Report on vaccination in Madras 1895-1903 - 1895-1903
Year: 1895
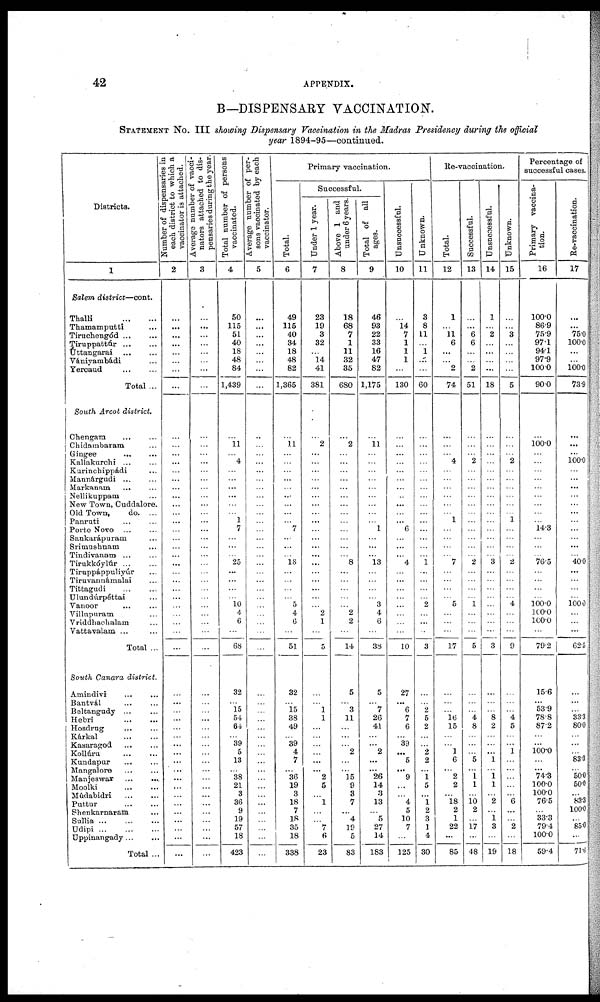
42
APPENDIX.
B—DISPENSARY VACCINATION.
STATEMENT No. III showing Dispensary Vaccination in the Madras Presidency during the official
year 1894-95—continued.
Districts.
1
Salem district—cont.
Thalli
...
...
Thamamputti ...
Tiruchengód ... ...
Tiruppattúr ... ...
Úttangarai ... ...
Vániyambádi ...
Yercaud
...
...
Total ...
South Arcot district.
Chengam
...
...
Chidambaram ...
Gingee
...
...
Kallakurchi ... ...
Kurinchippádi ...
Mannárgudi ... ...
Markanam ... ...
Nellikuppam ...
New Town, Cuddalore.
Old Town,
do. ...
Panruti ... ...
Porto Novo
...
...
Sankarápuram ...
Srimushnam ...
Tindivanam ... ...
Tirukkóylúr
...
...
Tiruppáppuliyúr
Tiruvannámalai ...
Tittagudi ... ...
Ulundúrpéttai ...
Vanoor ... ...
Villupuram ...
Vriddhachalam ...
Vattavalam ... ...
Total ...
South Canara district.
Amindivi
...
...
Bantvál ... ...
Beltangady ... ...
Hebri ... ...
Hosdrug ... ...
Kárkal
...
...
Kasaragod
...
...
Kollúru
...
...
Kundapur ... ...
Mangalore ... ...
Manjeswar
...
...
Moolki ... ...
Múdabidri
...
...
Puttur
...
...
Shenkarnaram ...
Sullia
...
...
...
Udipi
...
...
...
Uppinangady ... ...
Total ...
Number of dispensaries in
each district to which a
vaccinator is attached.
2
...
...
...
...
...
...
...
...
...
...
...
...
...
...
...
...
...
...
...
...
...
...
...
...
...
...
...
...
...
...
...
...
...
...
...
...
...
...
...
...
...
...
...
...
...
...
...
...
...
...
...
...
Average number of vacci-
nators attached to dis-
pensaries during the year
3
...
...
...
...
...
...
...
...
...
...
...
...
...
...
...
...
...
...
...
...
...
...
...
...
...
...
...
...
...
...
...
...
...
...
...
...
...
...
...
...
...
...
...
...
...
...
...
...
...
...
...
Total number of persons
vaccinated.
4
50
115
51
40
18
48
84
1,439
...
11
...
4
...
...
...
...
...
...
1
7
...
...
...
25
...
...
...
...
10 4
6
...
68
32
...
15
54
64
...
39
5
13
... 38
21
3
36
9
19
57
18
423
Average number of per-
sons vaccinated by each
vaccinator.
5
...
...
...
...
...
...
...
...
...
...
...
...
...
...
...
...
...
...
...
...
...
...
...
...
...
...
...
...
...
...
...
...
...
...
...
...
...
...
...
...
...
...
...
...
...
...
...
...
...
...
...
...
Primary vaccination.
Total.
6
49
115
40
34
18
48
82
1,365
...
11
...
...
...
...
...
...
...
...
...
7
...
...
...
18
...
...
...
...
5
4
6
...
51
32
...
15
38
49
...
39
4
7
... 36
19
3
18
7
18
35
18
338
Successful.
Under 1 year.
7
23
19
3
32
...
14
41
381
...
2
...
...
...
...
...
...
...
...
...
...
...
...
...
...
...
...
...
...
... 2
1
...
5
...
...
1
1
...
...
...
...
...
... 2
5
...
1
...
...
7
6
23
Above 1 and
under 6 years.
8
18
68
7
1
11
32
35
680
...
2
...
...
...
...
...
...
...
...
...
...
...
...
...
8
...
...
...
...
... 2
2
...
14
5
...
3
11
...
...
...
2
...
... 15
9
3
7
...
4
19
5
83
Total of all
ages.
9
46
93
22
33
16
47
82
1,175
...
11
...
...
...
...
...
...
...
...
...
1
...
...
...
13
...
...
...
...
3
4
6
...
38
5
...
7
26
41
...
...
2
...
...
26
14
3
13
...
5
27
14
183
Unsuccessful.
10
...
14
7
1
1
1
...
130
...
...
...
...
...
...
...
...
...
...
...
6
...
...
...
4
...
...
...
...
...
...
...
...
10
27
...
6
7
6
...
39
...
5
... 9
...
...
4
5
10
7
...
125
Unknown.
11
3
8
11
... ...
...
...
60
...
...
...
...
...
...
...
...
...
...
...
...
...
...
...
1
...
...
...
...
2
...
...
...
3
...
...
2
5
2
...
...
2
2
...
1
5
...
1
2
3
1
4
30
Re-vaccination.
Total.
12
1
...
11
6
...
...
2
74
...
...
...
4
...
...
...
...
...
...
1
...
...
...
...
7
...
...
...
...
5
...
...
...
17
...
...
...
16
15
...
...
1
6
... 2
2
...
18
2
1
22
...
85
Successful.
13
...
...
6
6
...
...
2
51
...
...
...
2
...
...
...
...
...
...
...
...
...
...
...
2
...
...
...
...
1
...
...
...
5
...
...
...
4
8
...
...
... 5
...
1
1
...
10 2
...
17
...
48
Unsuccessful.
14
1
...
2
...
...
...
...
18
...
...
...
...
...
...
...
...
...
...
...
...
...
...
...
3
...
...
...
...
...
...
...
...
3
...
...
...
8
2
...
...
...
1
...
1 1
...
2
...
1
3
...
19
Unknown.
15
...
...
3
...
...
...
...
5
...
...
...
2
...
...
...
...
...
...
1
...
...
...
...
2
...
...
...
...
4
...
...
...
9
...
...
...
4
5
...
...
1
...
...
...
...
...
6
...
...
2
...
18
Percentage of
successful cases.
Primary vaccina-
tion.
16
100.0
86.9
75.9
97.1
94.1
97.9
100.0
90.0
...
100.0
...
...
...
...
...
...
...
...
...
14.3
...
...
...
76.5
...
...
...
...
100.0
100.0
100.0
...
79.2
15.6
...
53.9
78.8
87.2
...
...
100.0
...
...
74.3
100.0
100.0
76.5
...
33.3
79.4
100.0
59.4
Re-vaccination.
17
...
...
75.0
100.0
...
...
100.0
73.9
...
...
...
100.0
...
...
...
...
...
...
...
...
...
...
...
40.0
...
...
...
...
100.0
...
...
...
62.5
...
...
...
33.3
80.0
...
...
... 83.3
... 50.0
50.0
...
83.3
100.0
...
85.0
...
71.6